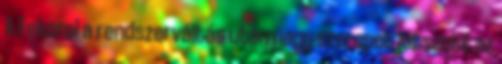
A Fekoral a rendszerváltás után nagy szerepet játszott az